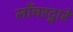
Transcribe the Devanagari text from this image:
लाँचरद्वारे